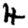
Digit: 4